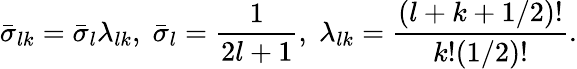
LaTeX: \bar{\sigma}_{lk}=\bar{\sigma}_{l}\lambda_{lk},\; \bar{\sigma}_{l}=\frac{1}{2l+1},\; \lambda_{lk}=\frac{(l+k+1/2)!}{k!(1/2)!}.